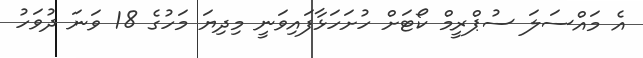
އެ މައްސަލަ ސުޕްރީމް ކޯޓަށް ހުށަހަޅާފައިވަނީ މިދިޔަ މަހުގެ 18 ވަނަ ދުވަހު